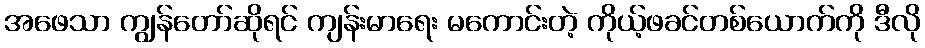
အဖေသာ ကျွန်တော်ဆိုရင် ကျန်းမာရေး မကောင်းတဲ့ ကိုယ့်ဖခင်တစ်ယောက်ကို ဒီလို